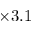
\times 3 . 1